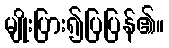
မျိုးပြား၍ပြပြန်၏။